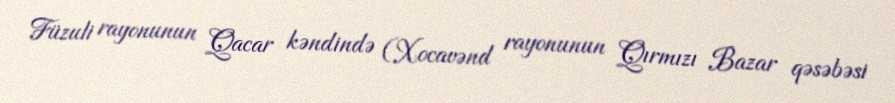
Füzuli rayonunun Qacar kəndində (Xocavənd rayonunun Qırmızı Bazar qəsəbəsi